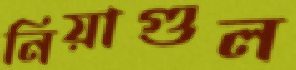
নিয়াগুল